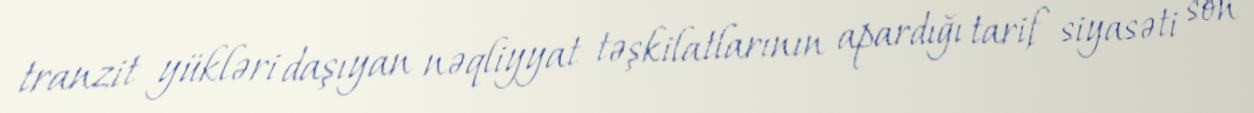
tranzit yükləri daşıyan nəqliyyat təşkilatlarının apardığı tarif siyasəti son